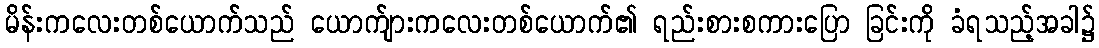
မိန်းကလေးတစ်ယောက်သည် ယောက်ျားကလေးတစ်ယောက်၏ ရည်းစားစကားပြော ခြင်းကို ခံရသည့်အခါ၌